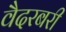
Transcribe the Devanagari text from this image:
वैदरबरी